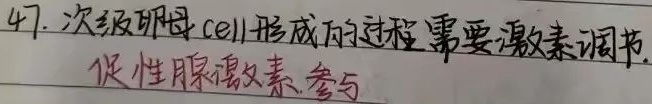
47. 次级卵母细胞形成的过程需要激素调节.促性腺激素参与